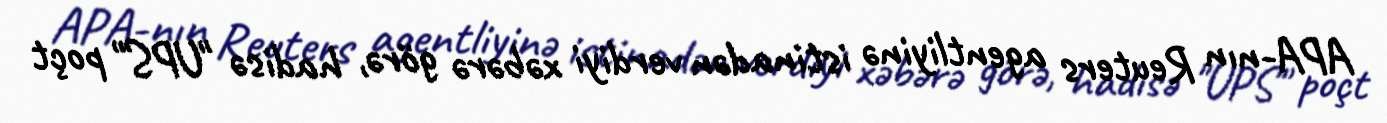
APA-nın Reuters agentliyinə istinadən verdiyi xəbərə görə, hadisə "UPS" poçt